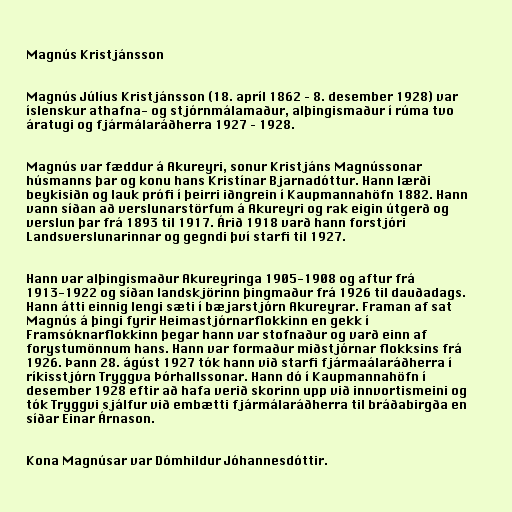
Magnús Kristjánsson

Magnús Júlíus Kristjánsson (18. apríl 1862 – 8. desember 1928) var
íslenskur athafna- og stjórnmálamaður, alþingismaður í rúma tvo
áratugi og fjármálaráðherra 1927 – 1928.

Magnús var fæddur á Akureyri, sonur Kristjáns Magnússonar
húsmanns þar og konu hans Kristínar Bjarnadóttur. Hann lærði
beykisiðn og lauk prófi í þeirri iðngrein í Kaupmannahöfn 1882. Hann
vann síðan að verslunarstörfum á Akureyri og rak eigin útgerð og
verslun þar frá 1893 til 1917. Árið 1918 varð hann forstjóri
Landsverslunarinnar og gegndi því starfi til 1927.

Hann var alþingismaður Akureyringa 1905-1908 og aftur frá
1913-1922 og síðan landskjörinn þingmaður frá 1926 til dauðadags.
Hann átti einnig lengi sæti í bæjarstjórn Akureyrar. Framan af sat
Magnús á þingi fyrir Heimastjórnarflokkinn en gekk í
Framsóknarflokkinn þegar hann var stofnaður og varð einn af
forystumönnum hans. Hann var formaður miðstjórnar flokksins frá
1926. Þann 28. ágúst 1927 tók hann við starfi fjármaálaráðherra í
ríkisstjórn Tryggva Þórhallssonar. Hann dó í Kaupmannahöfn í
desember 1928 eftir að hafa verið skorinn upp við innvortismeini og
tók Tryggvi sjálfur við embætti fjármálaráðherra til bráðabirgða en
síðar Einar Árnason.

Kona Magnúsar var Dómhildur Jóhannesdóttir.